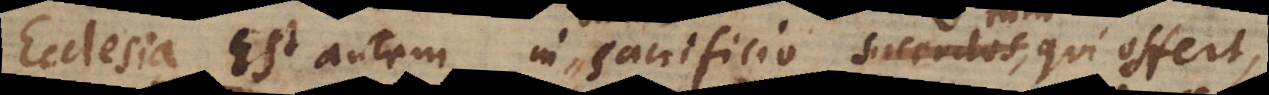
Ecclesia. Est autem in sacrificio sacerdos, qui offert,